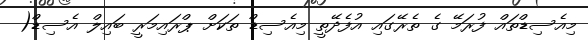
މިއެސިޑްތައް ފުރަމޭ ގެ ތެރޭގައި އުފެދޭތީ މިއެސިޑް ތަކަށް ޕްރައިމަރީ ބައިލް އެސިޑް(